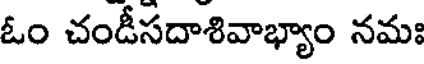
ఓం చండీసదాశివాభ్యాం నమః